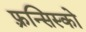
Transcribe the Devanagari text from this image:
फ़्रन्सिस्को